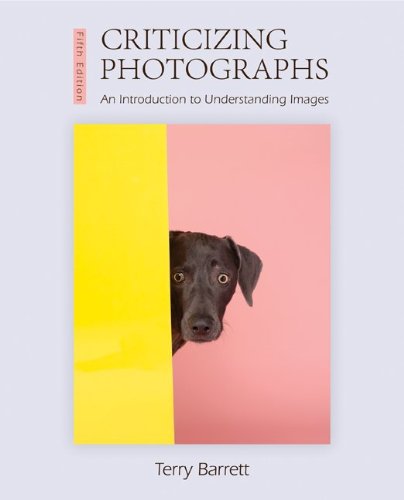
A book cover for Criticizing Photographs; Terry Barrett; Arts & Photography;